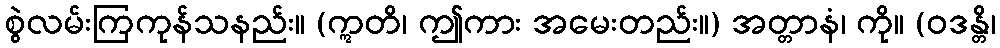
စွဲလမ်းကြကုန်သနည်း။ (ဣတိ၊ ဤကား အမေးတည်း။) အတ္တာနံ၊ ကို။ (ဝဒန္တိ၊